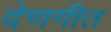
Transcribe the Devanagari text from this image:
देणगीत